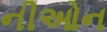
નીઓન